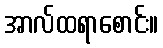
အာလ်ထရာစောင်း။